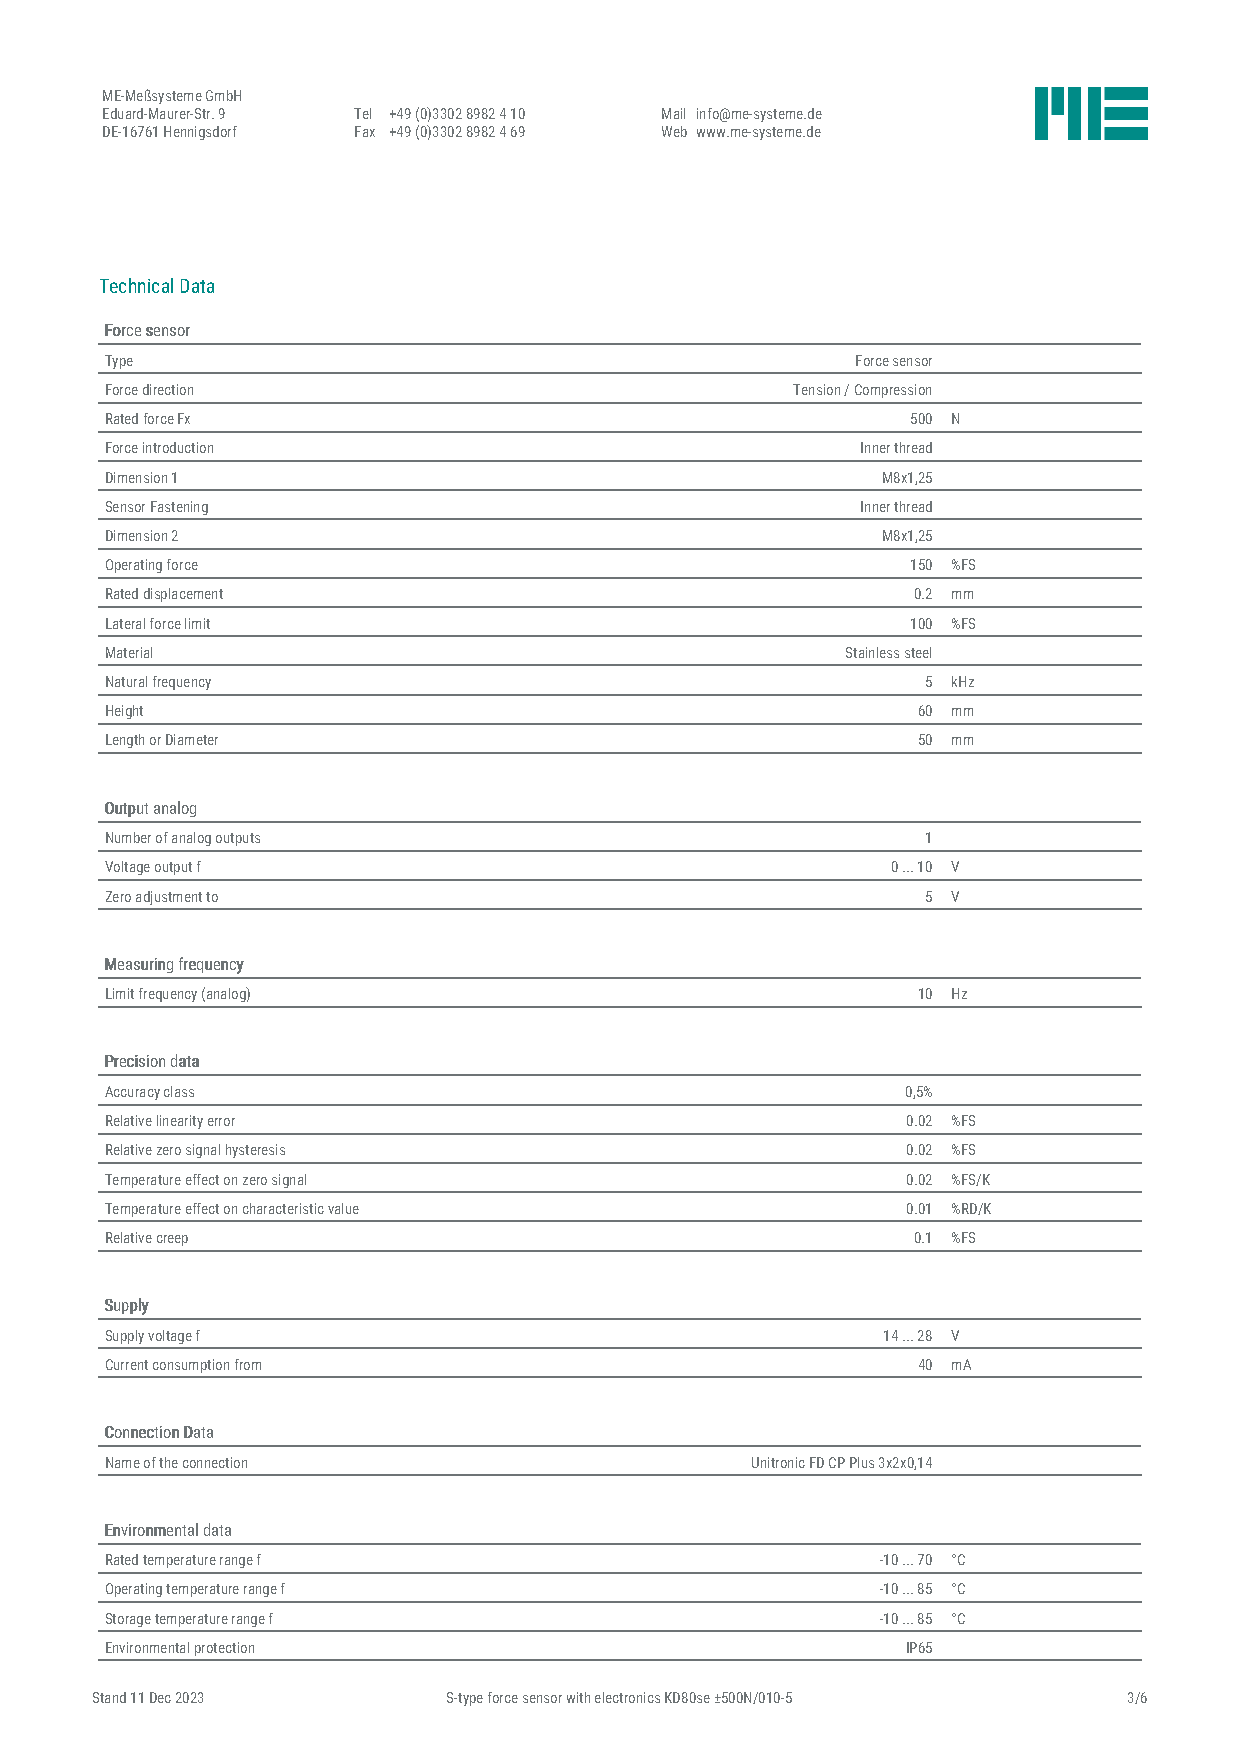
ME-Meßsysteme GmbH
 Eduard-Maurer-Str. 9 Tel +49 (0)3302 8982 4 10 Mail info@me-systeme.de
 DE-16761 Hennigsdorf Fax +49 (0)3302 8982 4 69 Web www.me-systeme.de
 Technical Data
 FFoorrccee sseennssoorr
 Type                                              Force sensor
 Force direction                              Tension / Compression
 Rated force Fx                                       500 N
 Force introduction                                Inner thread
 Dimension 1                                        M8x1,25
 Sensor Fastening                                  Inner thread
 Dimension 2                                        M8x1,25
 Operating force                                      150 %FS
 Rated displacement                                   0.2 mm
 Lateral force limit                                  100 %FS
 Material                                         Stainless steel
 Natural frequency                                     5 kHz
 Height                                                60 mm
 Length or Diameter                                    50 mm
 OOuuttppuutt aannaalloogg
 Number of analog outputs                              1
 Voltage output f                                    0 ... 10 V
 Zero adjustment to                                    5 V
 MMeeaassuurriinngg ffrreeqquueennccyy
 Limit frequency (analog)                              10 Hz
 PPrreecciissiioonn ddaattaa
 Accuracy class                                       0,5%
 Relative linearity error                             0.02 %FS
 Relative zero signal hysteresis                      0.02 %FS
 Temperature effect on zero signal                    0.02 %FS/K
 Temperature effect on characteristic value           0.01 %RD/K
 Relative creep                                       0.1 %FS
 SSuuppppllyy
 Supply voltage f                                   14 ... 28 V
 Current consumption from                              40 mA
 CCoonnnneeccttiioonn DDaattaa
 Name of the connection                     Unitronic FD CP Plus 3x2x0,14
 EEnnvviirroonnmmeennttaall ddaattaa
 Rated temperature range f                          -10 ... 70 °C
 Operating temperature range f                      -10 ... 85 °C
 Storage temperature range f                        -10 ... 85 °C
 Environmental protection                             IP65
 Stand 11 Dec 2023       S-type force sensor with electronics KD80se ±500N/010-5 3/6